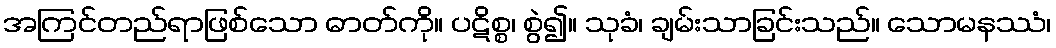
အကြင်တည်ရာဖြစ်သော ဓာတ်ကို။ ပဋိစ္စ၊ စွဲ၍။ သုခံ၊ ချမ်းသာခြင်းသည်။ သောမနဿံ၊